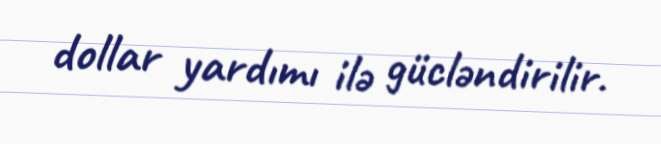
dollar yardımı ilə gücləndirilir.